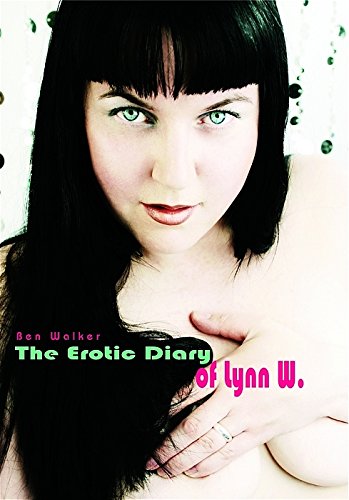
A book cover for The Erotic Diary of Lynn W (German Edition); Ben Walker; Arts & Photography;